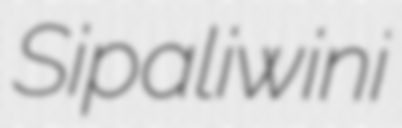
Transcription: Sipaliwini